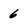
Character: 6